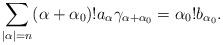
LaTeX: \begin{align*}\sum_{|\alpha|= n}(\alpha+\alpha_0)!a_\alpha \gamma_{\alpha+\alpha_0}= \alpha_0! b_{\alpha_0}.\end{align*}